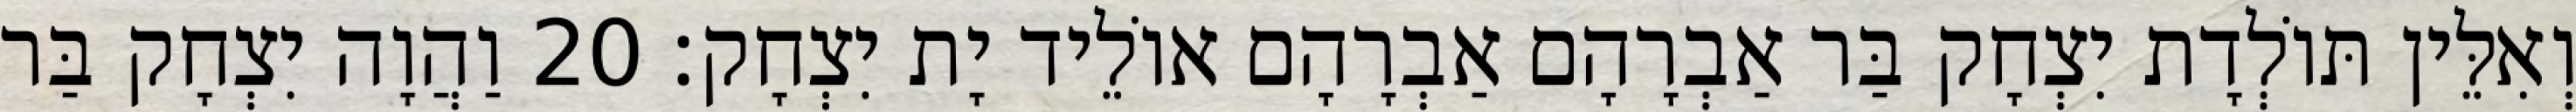
וְאִלֵּין תּוֹלְדָת יִצְחָק בַּר אַבְרָהָם אַבְרָהָם אוֹלֵיד יָת יִצְחָק׃ 20 וַהֲוָה יִצְחָק בַּר